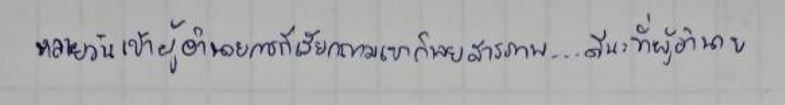
หลายวันเข้าผู้อำนวยการก็เรียกถามเขาก็เลยสารภาพ...ดีนะที่ผู้อำนวย